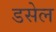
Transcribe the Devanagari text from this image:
डसेल